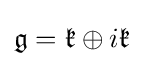
{\mathfrak {g}}={\mathfrak {k}}\oplus i{\mathfrak {k}}